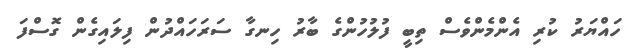
ހައްޔަރު ކުރި އެންމެންވެސް ތިބީ ފުލުހުންގެ ބާރު ހިނގާ ސަރަހައްދުން ފިލައިގެން ގޮސްފަ